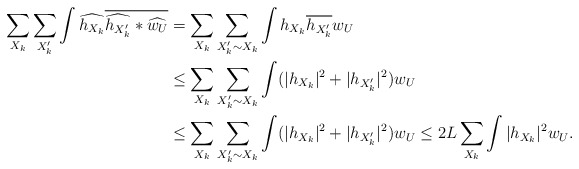
\begin{align*} \sum_{X_k}\sum_{X_k'}\int\widehat{h_{X_k}}\overline{\widehat{h_{X_k'}}*\widehat{w_U}} &= \sum_{X_k}\sum_{X_k'\sim X_k}\int h_{X_k}\overline{h_{X_k'}}w_U\\ &\le \sum_{X_k}\sum_{X_k'\sim X_k}\int (|h_{X_k}|^2+|h_{X_k'}|^2)w_U \\ &\le \sum_{X_k}\sum_{X_k'\sim X_k}\int (|h_{X_k}|^2+|h_{X_k'}|^2)w_U\le 2L\sum_{X_k}\int|h_{X_k}|^2w_U. \end{align*}